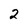
Character: 2